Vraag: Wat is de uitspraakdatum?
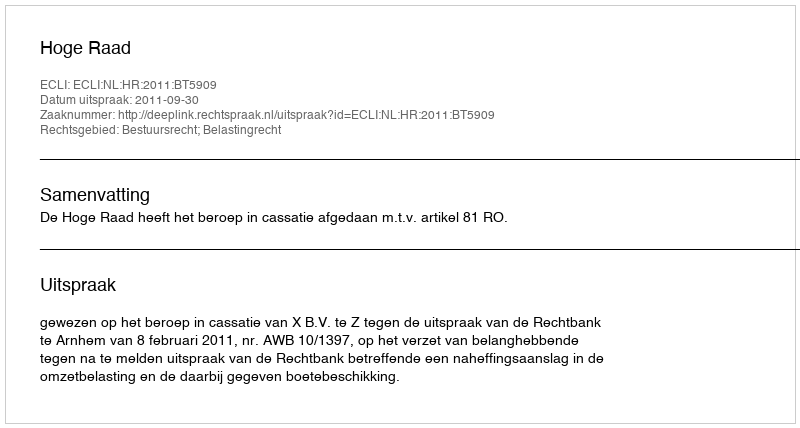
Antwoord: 2011-09-30